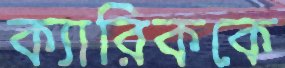
ক্যারিককে